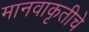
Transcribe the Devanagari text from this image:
मानवाकृतीचे